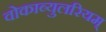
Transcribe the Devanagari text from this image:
वोकाब्युलरियम्